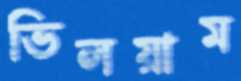
ভিলয়াম